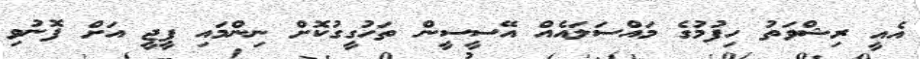
އެއީ ރިޝްވަތު ހިފުމުގެ މައްސަލައެއް އޭސީސީން ތަހުގީގުކޮށް ނިންމައި ޕީޖީ އަށް ފޮނުވި